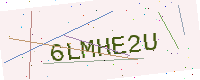
Text: 6LMHE2U